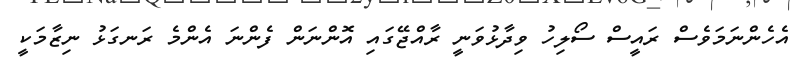
އެހެންނަމަވެސް ރައީސް ސޯލިހު ވިދާޅުވަނީ ރާއްޖޭގައި އޮންނަން ފެންނަ އެންމެ ރަނގަޅު ނިޒާމަކީ